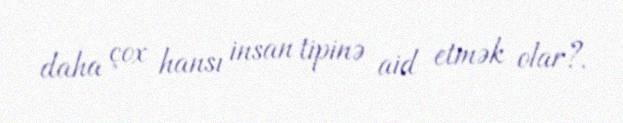
daha çox hansı insan tipinə aid etmək olar?.